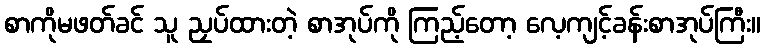
စာကိုမဖတ်ခင် သူ ညှပ်ထားတဲ့ စာအုပ်ကို ကြည့်တော့ လေ့ကျင့်ခန်းစာအုပ်ကြီး။